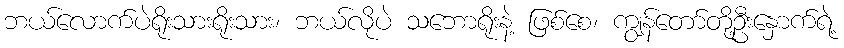
ဘယ်လောက်ပဲရိုးသားရိုးသား၊ ဘယ်လိုပဲ သဘောရိုးနဲ့ ဖြစ်စေ၊ ကျွန်တော်တို့ဦးနှောက်ရဲ့